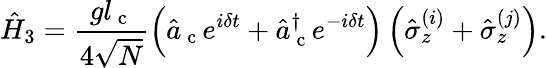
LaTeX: \hat{H}_{3}=\frac{gl_{\mathrm{~c~}}}{4\sqrt{N}}\left(\hat{a}_{\mathrm{~c~}}e^{i\delta t}+\hat{a}_{\mathrm{~c~}}^{\dagger}e^{-i\delta t}\right)\left(\hat{\sigma}_{z}^{(i)}+\hat{\sigma}_{z}^{(j)}\right).